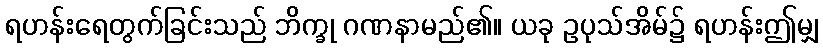
ရဟန်းရေတွက်ခြင်းသည် ဘိက္ခု ဂဏနာမည်၏။ ယခု ဥပုသ်အိမ်၌ ရဟန်းဤမျှ